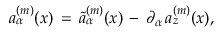
a _ { \alpha } ^ { ( m ) } ( x ) \, = \, \tilde { a } _ { \alpha } ^ { ( m ) } ( x ) \, - \, \partial _ { \alpha } \, a _ { z } ^ { ( m ) } ( x ) ,